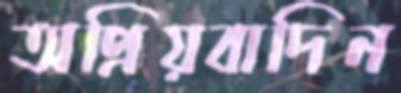
অপ্রিয়বাদিন